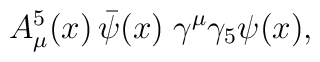
A^5_\mu(x)\,\bar\psi(x)\;\gamma^\mu\gamma_5\psi(x),